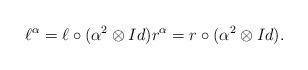
LaTeX: \begin{align*}& \ell^\alpha=\ell\circ(\alpha^2\otimes Id) r^\alpha=r\circ(\alpha^2\otimes Id).\end{align*}